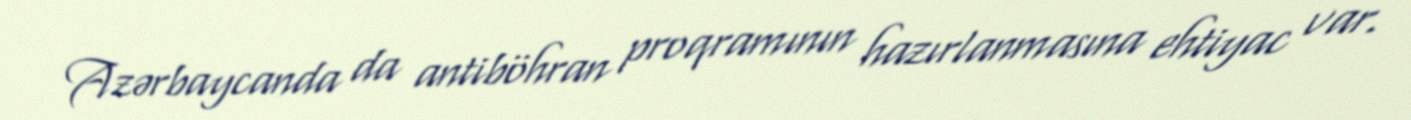
Azərbaycanda da antiböhran proqramının hazırlanmasına ehtiyac var.